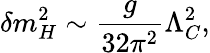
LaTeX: \delta m_{H}^{2}\sim\frac{g}{32\pi^{2}}\Lambda_{C}^{2},